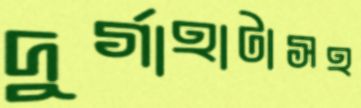
দুর্গাহাটাসহ